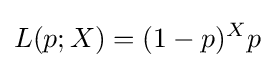
L(p;X)=(1-p)^{X}p